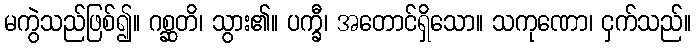
မကွဲသည်ဖြစ်၍။ ဂစ္ဆတိ၊ သွား၏။ ပက္ခီ၊ အတောင်ရှိသော။ သကုဏော၊ ငှက်သည်။